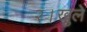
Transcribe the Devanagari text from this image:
२।खुले